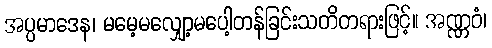
အပ္ပမာဒေန၊ မမေ့မလျှော့မပေါ့တန်ခြင်းသတိတရားဖြင့်။ အဏ္ဏဝံ၊